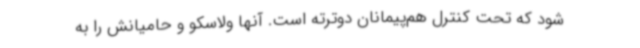
شود که تحت کنترل هم‌پیمانان دوترته است. آنها ولاسکو و حامیانش را به